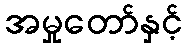
အမှုတော်နှင့်